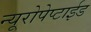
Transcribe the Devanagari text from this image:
न्यूरोपेप्टाईड